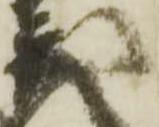
茂